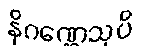
နိဂဏ္ဌေသုပိ